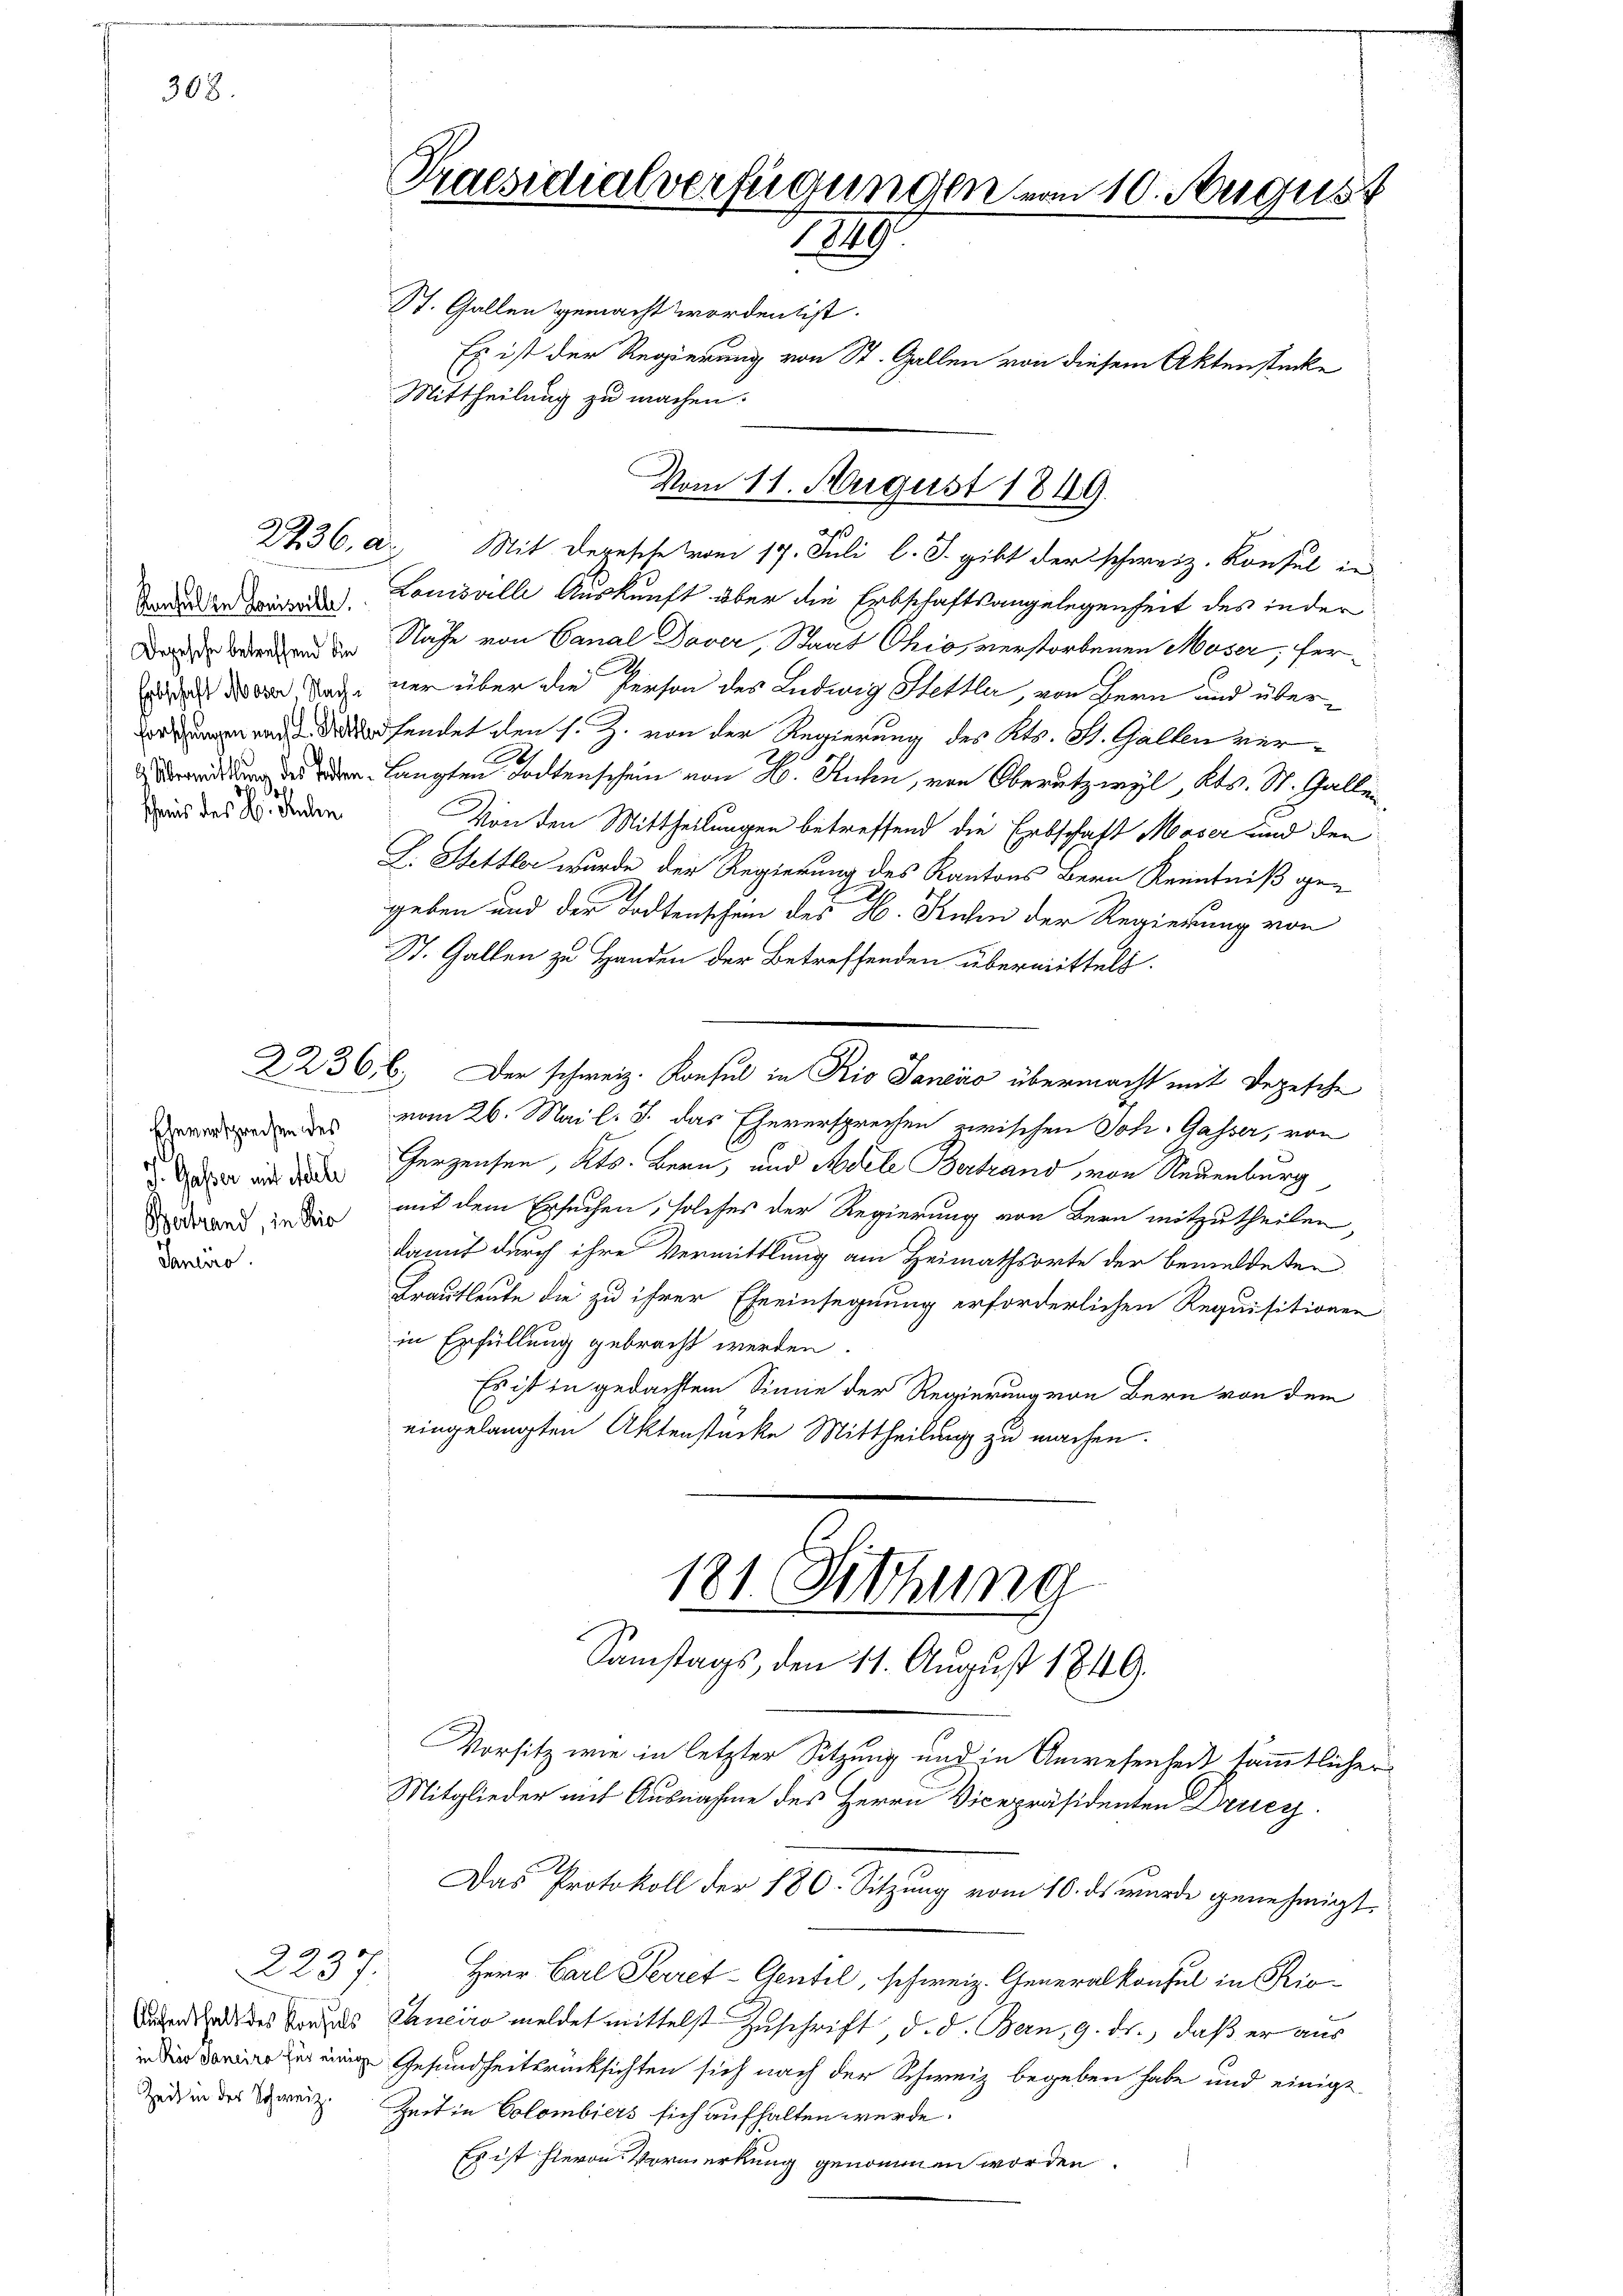
308.

Kanzel in Comisville.
schnis des H. Studen

Eleversprechen des
J. Gasser mit dele
Janeiro

2237.
Zeit in der Schweiz.

Praesidialverfügungen vom 10. August
1849
St. Gallen gemacht worden ist.
Es ist der Regierung von St. Gallen von diesem Aktenstücke
Mittheilung zu machen.

2736. a. Mit Depesche vom 19. Juli l. J. gibt der schweiz. Konsul in
Louisville Auskunft aber die Erbschaftsangelegenheit des inder
Dan werden Nahe von Canal Dover, Staat Chio, verstorbenen Moser, fers das Nach der über die Person des Ludwig Stettler, von Bern und über¬
 und dersendet den s. Z. von der Regierung des Kts. St. Gallen ver¬
. langte Tode v. Kuhn, von Oberutzwyl, Kts. St. Gallen
Von den Mittheilungen betreffend die Erbschaft Moser und den
L. Stettler wurde der Regierung des Kantons Bern Kenntniß gegeben und der Todtenschein des H. Kuchen der Regierung von
St. Gallen zu Handen der Betreffenden übermittelt.
22366.) Der schweiz. Konsul in Rio Janeáo übermacht mit Depesche
vom 26. Mai l. J. das Eheversprechen zwischen Joh. Gasser, von
Terzensen, Kts. Bern, und Modele Bertrand, von Neuenburg
ddr zu mit dem Ersuchen, solches der Regierung von Bern mitzutheilen,
damit durch ihre Vermittlung am Heimathsorte der bemeldeten
Brautleute die zu ihrer Eheeinsegnung erforderlichen Requisitionen
in Erfüllung gebracht werden.
Es ist in gedachtem Sinne der Regierung von Bern von dem
eingelangten Aktenstücke Mittheilung zu machen.
181. Sitzung
Samstags, den 11. August 1849.
Vorsitz wie in letzter Sitzung und in Anwesenheit sämmtlicher
Mitglieder mit Ausnahme des Herrn Vicepräsidenten Druc
Das Protokoll der 180. Sitzung vom 10. ds wurde genehmigt.
Herr Carl Secret-Gentil, schweiz. Generalkonsul in Rioduard des Kindes Chineiro meldet mittelst Zuschrift, d. d. Bern, 9. ds., daß er aus
d in Gesundheitsrücksichten sich nach der Schweiz begeben habe und einigt
Zeit in Colombiers sich aufhalten werde.
Es ist hievon Vormerkung genommen worden.

Vom 11. August 1849